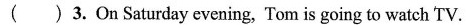
( ) 3. On Saturday evening, Tom is going to watch TV.